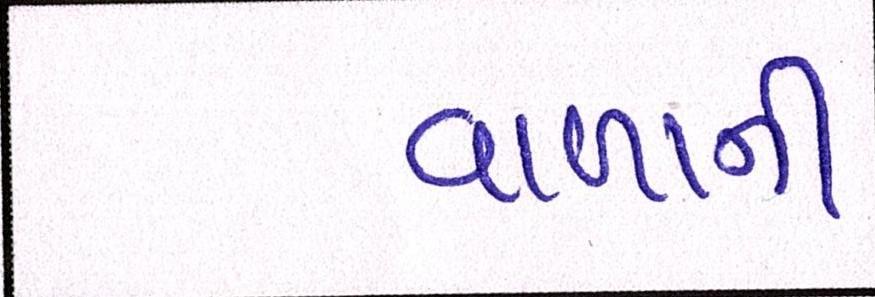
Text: વાળાની